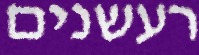
רעשנים